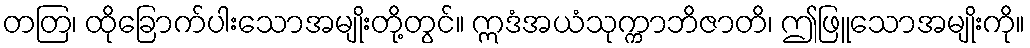
တတြ၊ ထိုခြောက်ပါးသောအမျိုးတို့တွင်။ ဣဒံအယံသုက္ကာဘိဇာတိ၊ ဤဖြူသောအမျိုးကို။